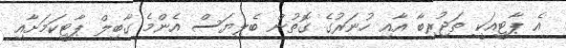
އެ ޕާޓީއަކީ ތަޖުރިބާ އާއި ހުނަރުގެ ގޮތުން ބެލިޔަސް އެންމެ ގާބިލް ޕާޓީކަމަށާއި